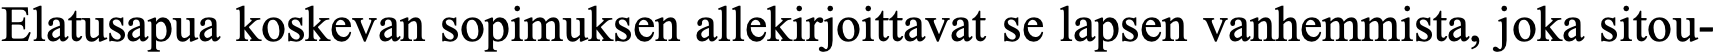
Elatusapua koskevan sopimuksen allekirjoittavat se lapsen vanhemmista, joka sitou-